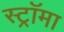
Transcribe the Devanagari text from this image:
स्ट्राॅमा